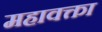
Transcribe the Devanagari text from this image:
महावक्ता